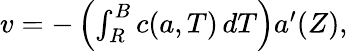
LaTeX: \begin{array}{r}{v=-\left(\int_{R}^{B}c({a},T)\, dT\right){a}^{\prime}(Z),}\end{array}